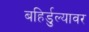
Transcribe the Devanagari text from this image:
बहिर्डुल्यावर